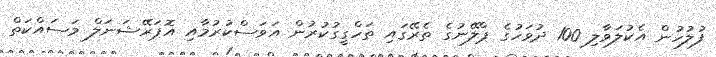
ފުލުހުން އެކުލަވާލި 100 ދުވަހުގެ ޕްލޭނުގެ ތެރޭގައި ތަހްގީގުކުރުން އަވަސްކުރުމާއި އޮޕަރޭޝަނަލް މަސައްކަތް